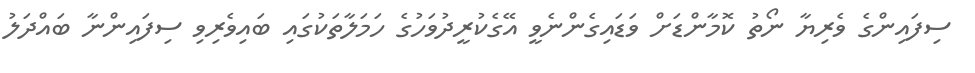
ސިފައިންގެ ވެރިޔާ ނޯތު ކޮމާންޑަށް ވަޑައިގެންނެވީ އޭގެކުރީދުވަހުގެ ހަމަލާތަކުގައި ބައިވެރިވި ސިފައިންނާ ބައްދަލު